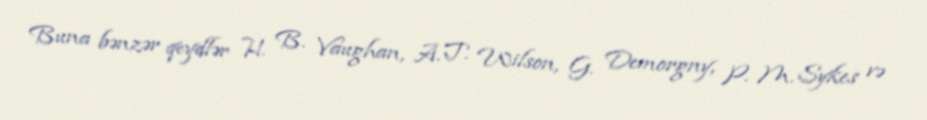
Buna bənzər qeydlər H. B. Vaughan, A. T. Wilson, G. Demorgny, P. M. Sykes və